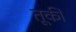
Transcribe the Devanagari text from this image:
तूर्की